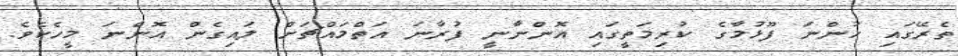
ތެރޭގައި ހުންނަ ފޫޅުމާގެ ކުރިމަތީގައި އޮންނާނީ ފުރާނަ އަތްމައްޗަށް ލައިގެން އޮންނަ މީހެކެވެ.